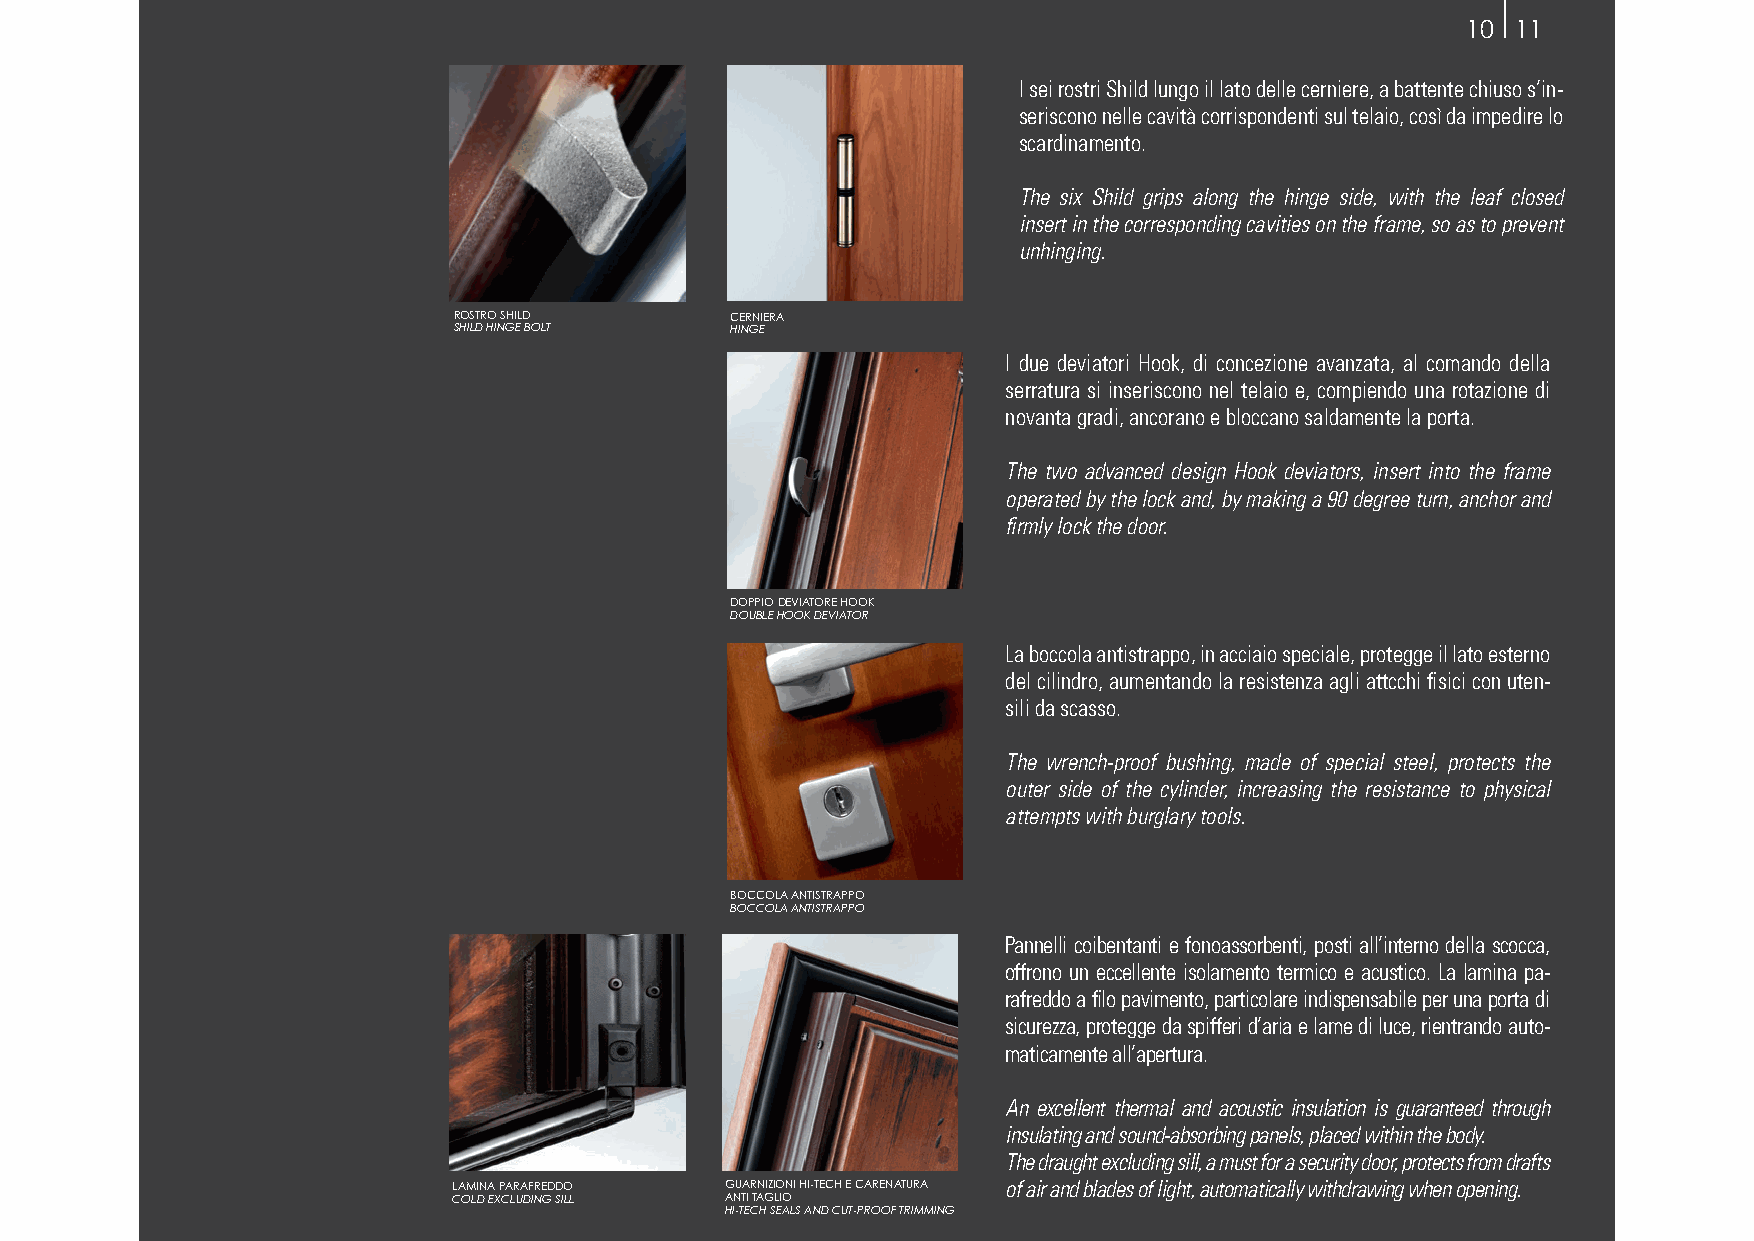
10 11
 I sei rostri Shild lungo il lato delle cerniere, a battente chiuso s’in-
 seriscono nelle cavità corrispondenti sul telaio, così da impedire lo
 scardinamento.
 The six Shild grips along the hinge side, with the leaf closed
 insert in the corresponding cavities on the frame, so as to prevent
 unhinging.
 ROSTRO SHILD      CERNIERA
 SHILD HINGE BOLT  HINGE
 I due deviatori Hook, di concezione avanzata, al comando della
 serratura si inseriscono nel telaio e, compiendo una rotazione di
 novanta gradi, ancorano e bloccano saldamente la porta.
 The two advanced design Hook deviators, insert into the frame
 operated by the lock and, by making a 90 degree turn, anchor and
 firmly lock the door.
 DOPPIO DEVIATORE HOOK
 DOUBLE HOOK DEVIATOR
 La boccola antistrappo, in acciaio speciale, protegge il lato esterno
 del cilindro, aumentando la resistenza agli attcchi fisici con uten-
 sili da scasso.
 The wrench-proof bushing, made of special steel, protects the
 outer side of the cylinder, increasing the resistance to physical
 attempts with burglary tools.
 BOCCOLA ANTISTRAPPO
 BOCCOLA ANTISTRAPPO
 Pannelli coibentanti e fonoassorbenti, posti all’interno della scocca,
 offrono un eccellente isolamento termico e acustico. La lamina pa-
 rafreddo a filo pavimento, particolare indispensabile per una porta di
 sicurezza, protegge da spifferi d’aria e lame di luce, rientrando auto-
 maticamente all’apertura.
 An excellent thermal and acoustic insulation is guaranteed through
 insulating and sound-absorbing panels, placed within the body.
 The draught excluding sill, a must for a security door, protects from drafts
 LAMINA PARAFREDDO GUARNIZIONI HI-TECH E CARENATURA of air and blades of light, automatically withdrawing when opening.
 COLD EXCLUDING SILL ANTI TAGLIO
 HI-TECH SEALS AND CUT-PROOF TRIMMING